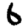
Digit: 6